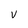
Character: v